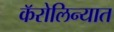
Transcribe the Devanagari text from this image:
कॅरोलिन्यात